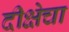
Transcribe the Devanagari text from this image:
दीक्षेचा